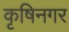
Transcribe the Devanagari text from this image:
कृषिनगर